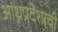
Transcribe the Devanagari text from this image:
आंध्रप्रदेशाची